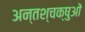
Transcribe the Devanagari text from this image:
अन्तश्चक्षुओं